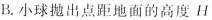
B.小球抛出点距地面的高度H